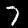
Digit: 7